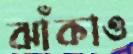
ঝাঁকাও